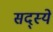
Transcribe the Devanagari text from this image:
सद्स्ये